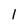
Character: l